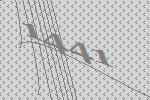
1441